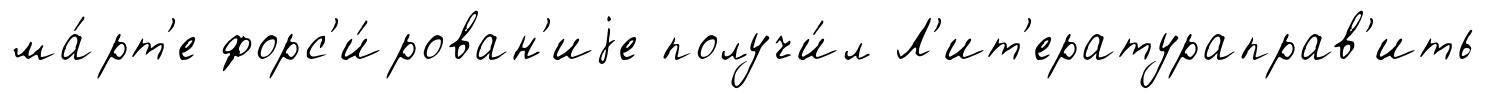
ма́рт'е форс'и́рован'иjе получи́л Л'ит'ератураправ'ить